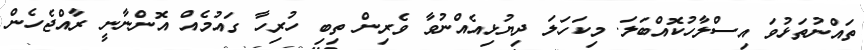
ތައްނުތަޅުވަ އިސްލާހުކޮއްބަލަ. މިކަހަލަ ދިޔުޅިއެއްނުވާ ވެރިން ތިބި ހުރިހާ ގައުމެއް އޮންނާނީ ރާއްޖެހެން